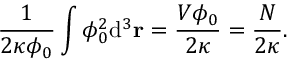
\frac { 1 } { 2 \kappa \phi _ { 0 } } \int \phi _ { 0 } ^ { 2 } \mathrm { d } ^ { 3 } \mathbf { r } = \frac { V \phi _ { 0 } } { 2 \kappa } = \frac { N } { 2 \kappa } .